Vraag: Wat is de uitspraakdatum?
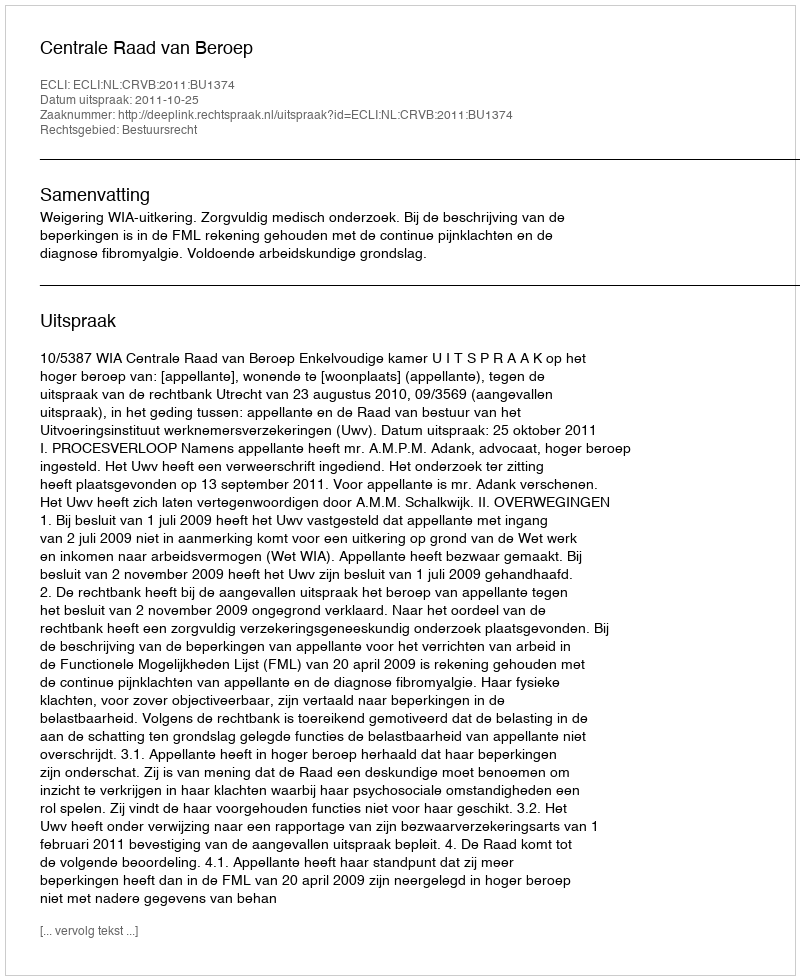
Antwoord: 2011-10-25